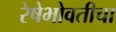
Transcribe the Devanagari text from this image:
रेषेभोवतीचा